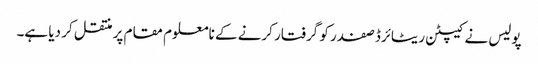
پولیس نے کیپٹن ریٹائرڈ صفدر کو گرفتار کرنے کے نامعلوم مقام پر منتقل کر دیا ہے۔